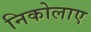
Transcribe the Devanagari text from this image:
निकोलाए